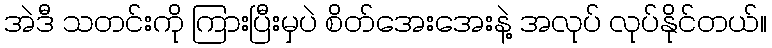
အဲဒီ သတင်းကို ကြားပြီးမှပဲ စိတ်အေးအေးနဲ့ အလုပ် လုပ်နိုင်တယ်။